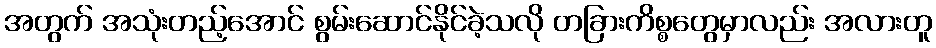
အတွက် အသုံးတည့်အောင် စွမ်းဆောင်နိုင်ခဲ့သလို တခြားကိစ္စတွေမှာလည်း အလားတူ